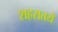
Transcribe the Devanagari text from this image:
शहरातये